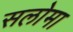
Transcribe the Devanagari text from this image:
सलोमा